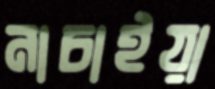
নাচাইয়া